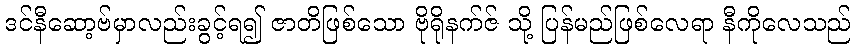
ဒင်နီဆော့ဗ်မှာလည်းခွင့်ရ၍ ဇာတိဖြစ်သော ဗိုရိုနက်ဇ် သို့ ပြန်မည်ဖြစ်လေရာ နီကိုလေသည်